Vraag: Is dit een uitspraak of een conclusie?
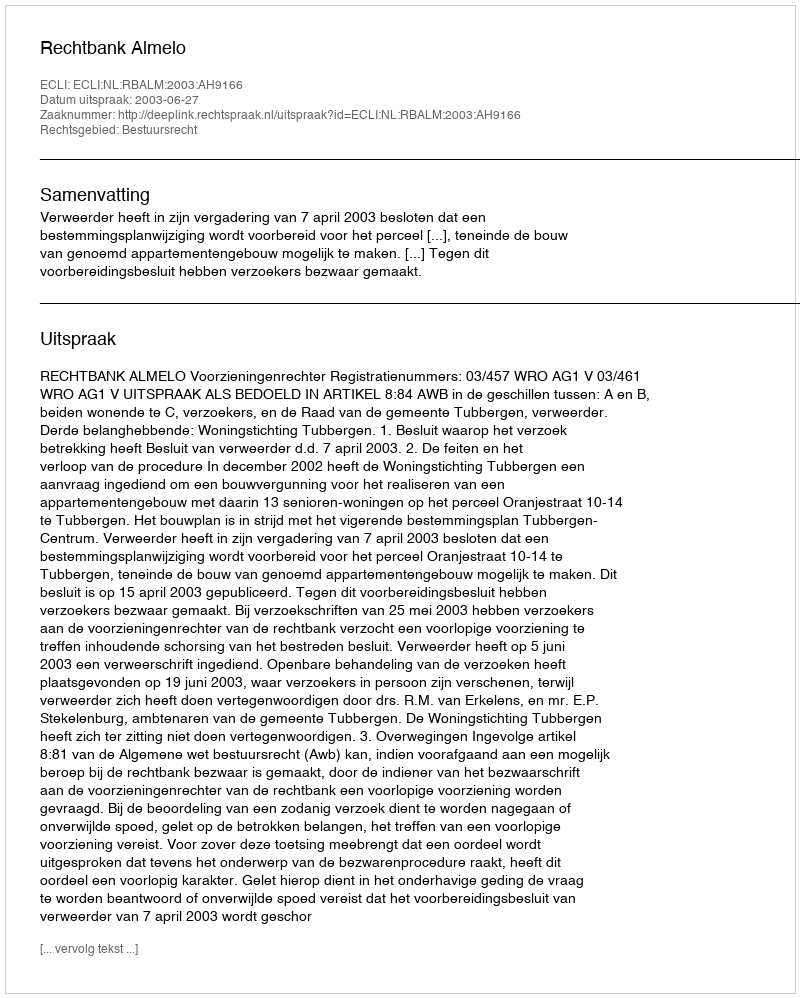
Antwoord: Uitspraak